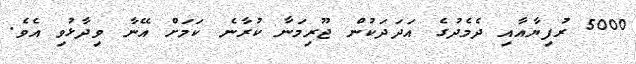
5000 ރުފިޔާއާއި ދެމެދުގެ އަދަދަކުން ޖޫރިމަނާ ކުރާނެ ކަމަށް އޭނާ ވިދާޅުވި އެވެ.